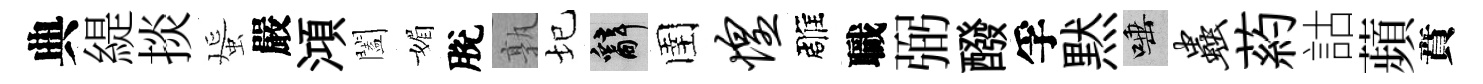
典緹掞蜑嚴澒闔媚脫孰圮辭圉惶雕職弼醱孚黙唾虫葯詁蘋賁